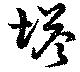
塔